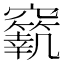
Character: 𥨼